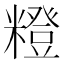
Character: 𥼰